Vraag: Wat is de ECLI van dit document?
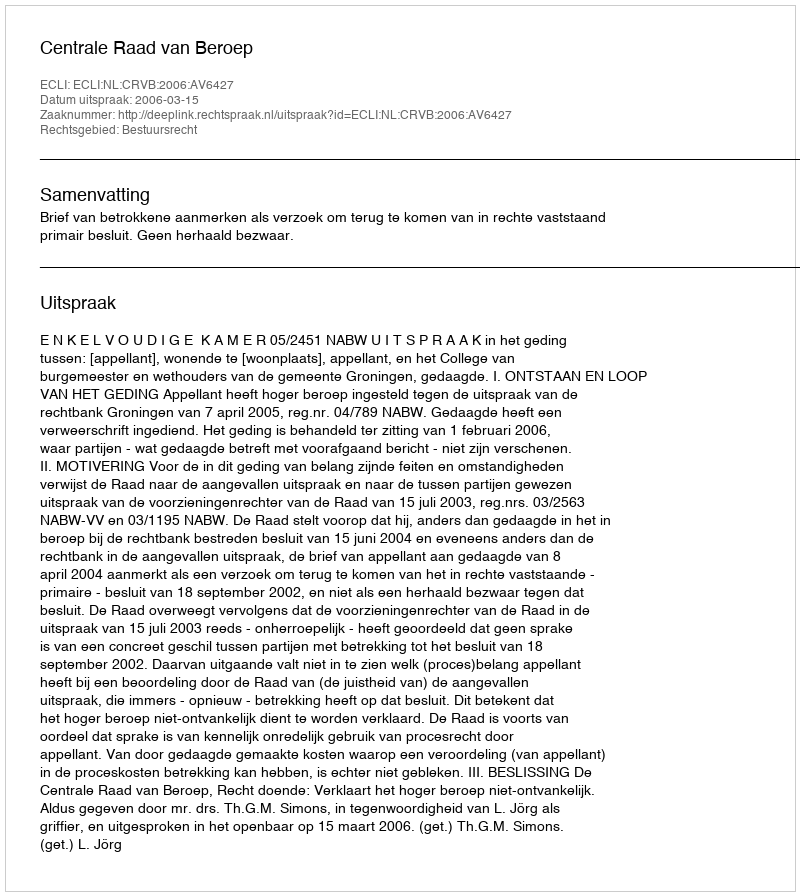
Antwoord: ECLI:NL:CRVB:2006:AV6427